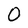
Character: O